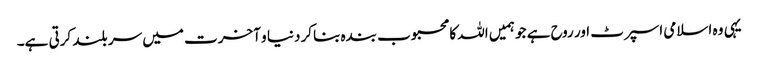
یہی وہ اسلامی اسپرٹ اور روح ہے جو ہمیں اللہ کا محبوب بندہ بناکر دنیا و آخرت میں سر بلند کرتی ہے۔